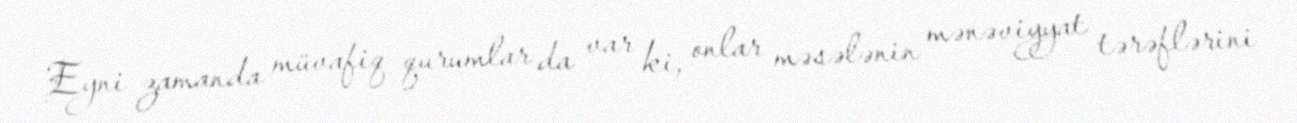
Eyni zamanda müvafiq qurumlar da var ki, onlar məsələnin mənəviyyat tərəflərini